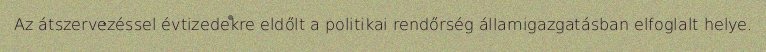
Az átszervezéssel évtizedekre eldőlt a politikai rendőrség államigazgatásban elfoglalt helye.